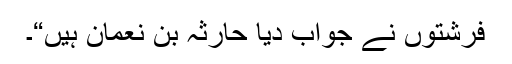
فرشتوں نے جواب دیا حارثہ بن نعمانؓ ہیں“۔